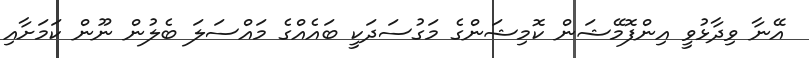
އޭނާ ވިދާޅުވީ އިންފޮމޭޝަން ކޮމިޝަންގެ މަގުސަދަކީ ބައެއްގެ މައްސަލަ ބެލުން ނޫން ކަމަށާއި